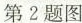
第2题图